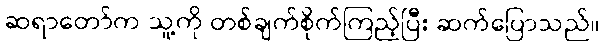
ဆရာတော်က သူ့ကို တစ်ချက်စိုက်ကြည့်ပြီး ဆက်ပြောသည်။